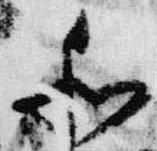
和